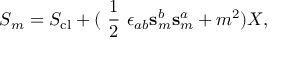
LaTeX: S _ { m } = S _ { \mathrm { c l } } + ( \mathrm { ~ \frac { 1 } { 2 } ~ } \epsilon _ { a b } \mathbf { s } _ { m } ^ { b } \mathbf { s } _ { m } ^ { a } + m ^ { 2 } ) X ,